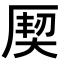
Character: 𭆌